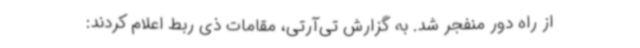
از راه دور منفجر شد. به گزارش تی‌آرتی، مقامات ذی ربط اعلام کردند: